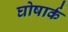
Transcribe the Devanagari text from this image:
घोषार्क